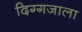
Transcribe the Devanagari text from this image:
दिग्गजाला